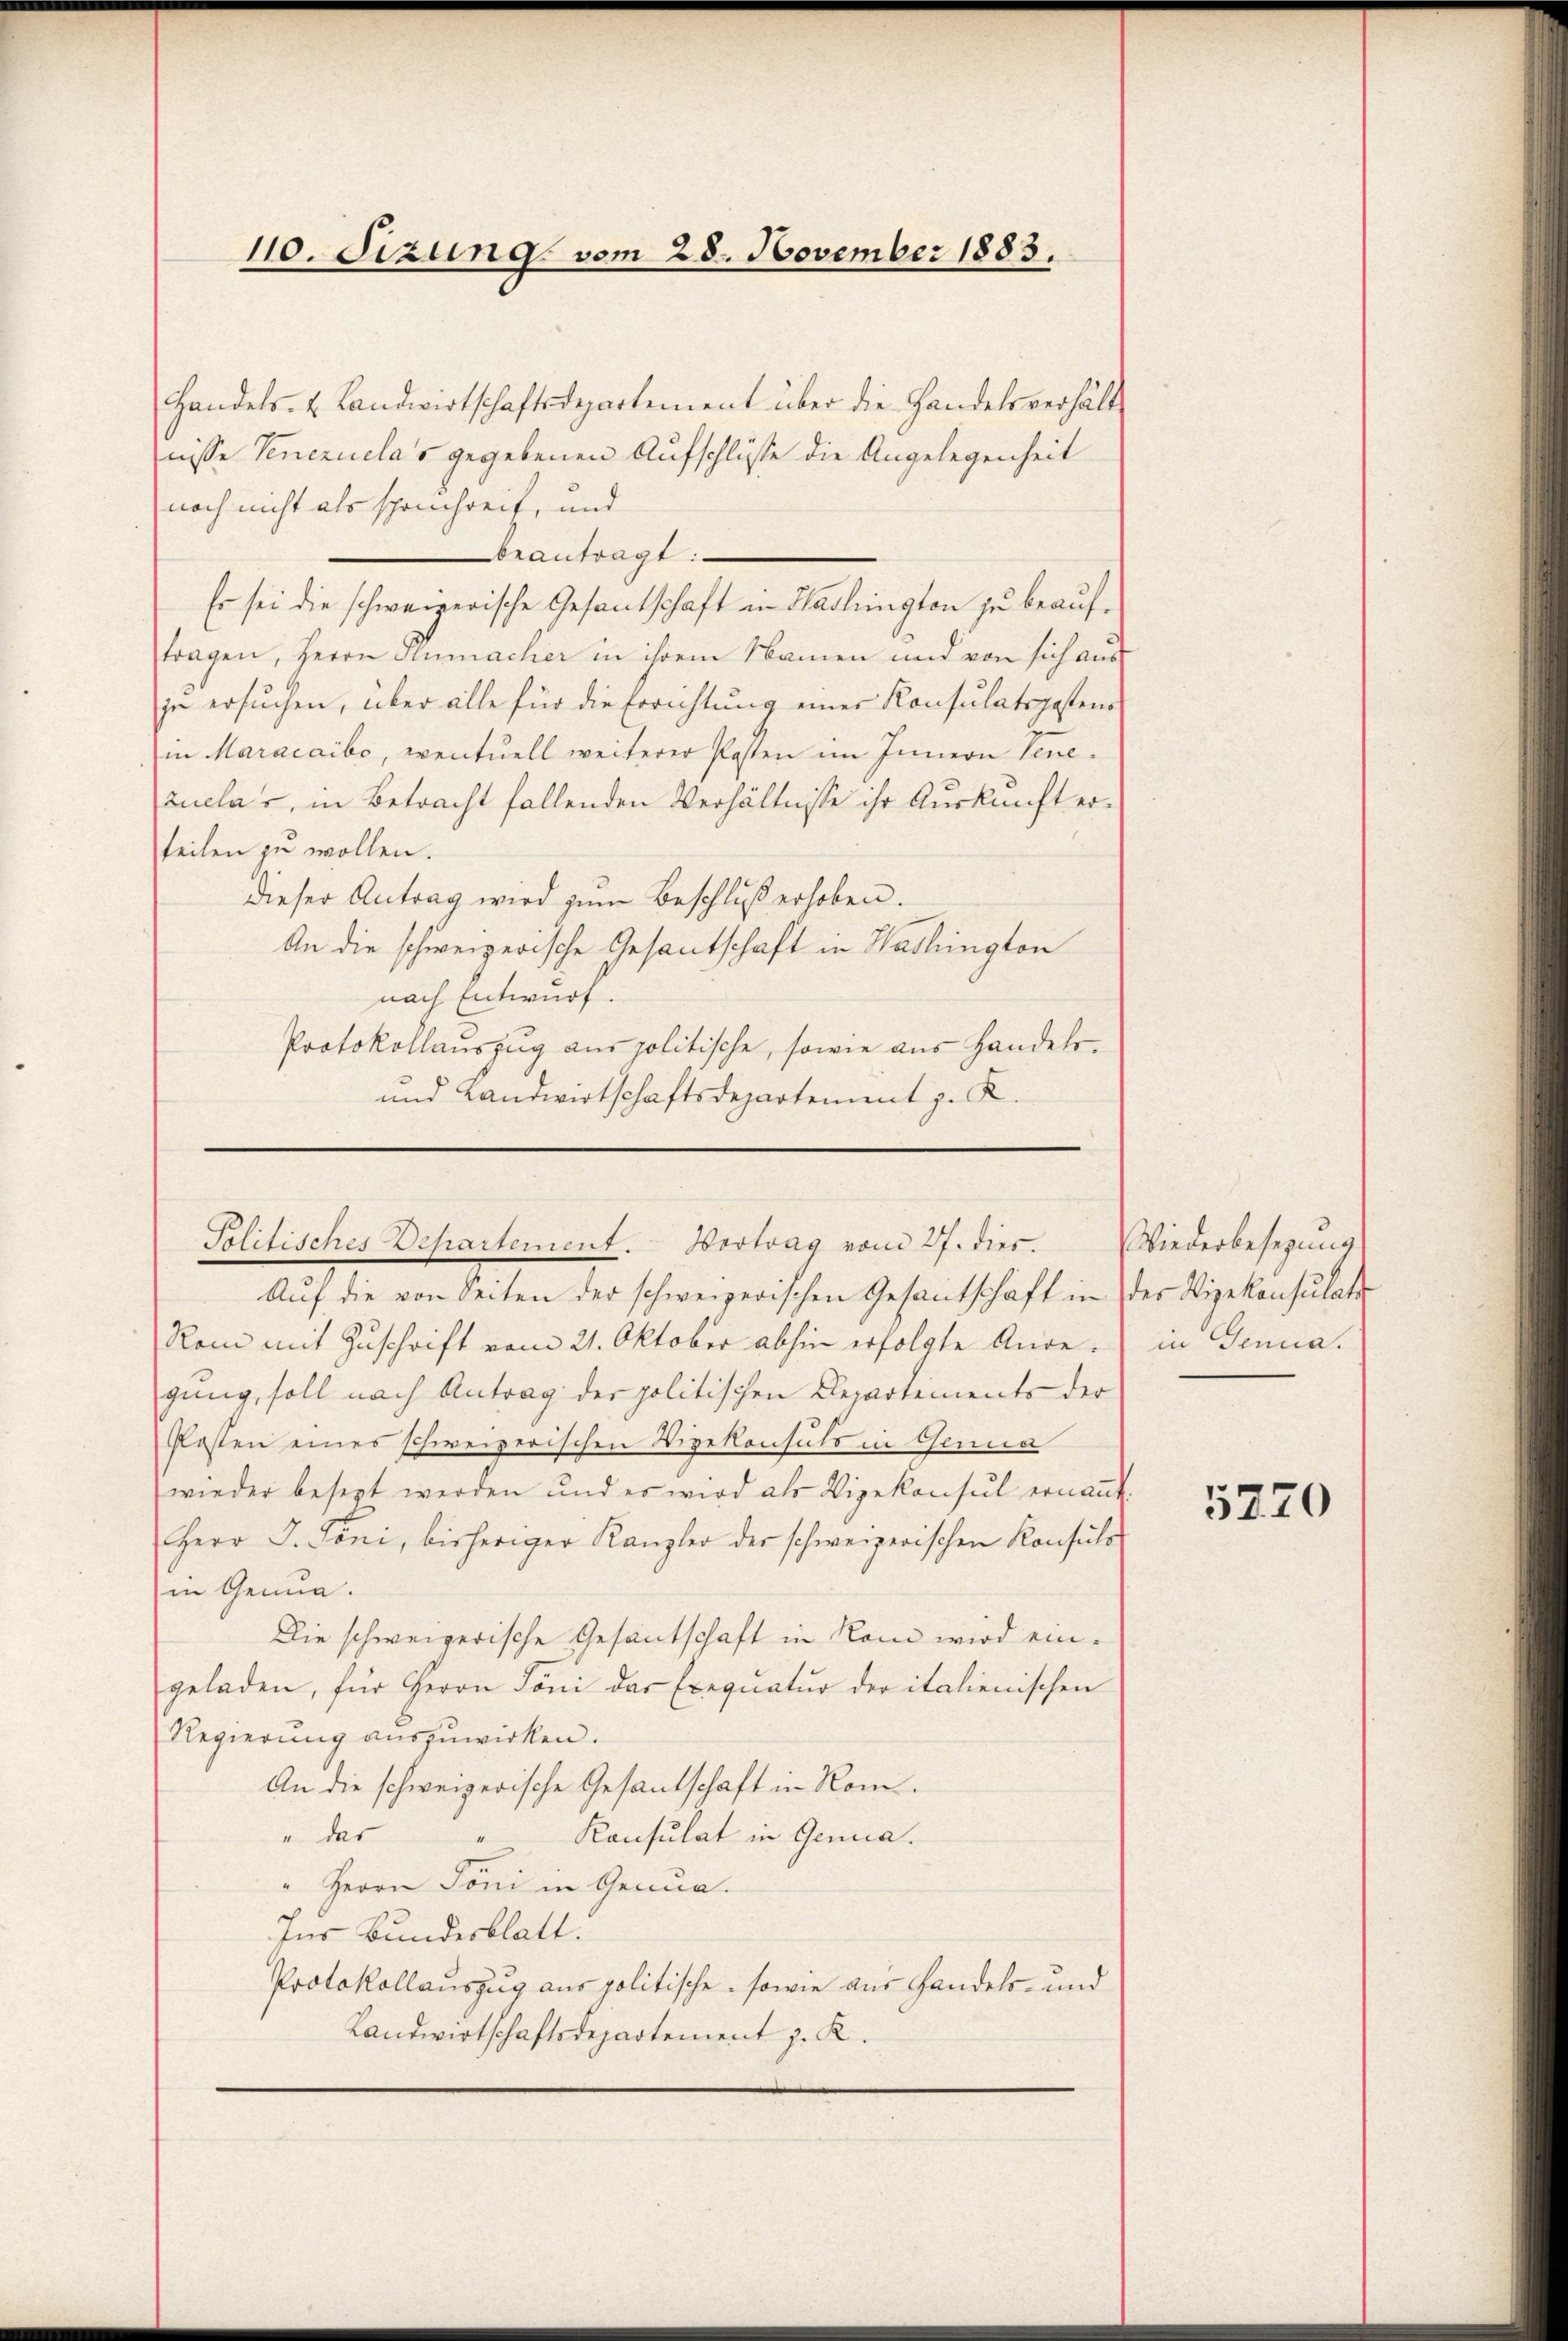
110. Sizung vom 28. November 1883.

Politisches Departement. Vortrag vom 27. dies.

Handels- u. Landwirtschaftsdepartement über die Handelsverhält
nisse Venezuela's gegebenen Aufschlüsse die Angelegenheit
noch nicht als sprechreit, und
beantragt:
Es sei die schweizerische Gesantschaft in Hadlington zu beauftragen, Herrn Humacher in ihrem Namen und von sich aus
zu ersuchen, über alle für die Errichtung einer Konsulatsgesten
in Maracaibo, eventuell weiterer Posten im Innern Venezuelar, in Betracht fallenden Verhältnisse ihr Auskunft erteilen zu wollen.
dieser Antrag wird zum Beschluß erhoben.
An die schweizerische Gesantschaft in Washington
nach Entwurf.
Protokollauszug aus politische, sowie aus Handels¬
und Landwirtschaftsdepartement z. K.

Aŭf die von Seiten der schweizerischen Gesantschaft in der Vizekonsulate
Rom mit Zuschrift vom 21. Oktober abhin erfolgte Ande in Genua,
gung, soll nach Antrag der politischen Departements der
Kosten eines schweizerischen Vizekonsuls in Genua
wieder besezt werden und es wird als Vizekonsul ernannt.
Herr J. Toni, bisheriger Kanzler der schweizerischen Konsuls
in Genua.
Die schweizerische Gesantschaft in Rom wird eingeladen, für Herrn Toni das Exequatur der italienischen
Regierung auszuwirken.
An die schweizerische Gesandschaft in Rom.
u das
Konsulat in Genua.
.
" Herrn Toni in Genua.
Ins Bundesblatt.
Protokollauszug aus politische, sowie aus Handels- und
Landwirtschaftsdepartement z. R.

Wiederbesezung

5770